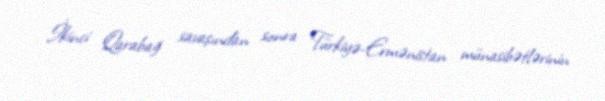
İkinci Qarabağ savaşından sonra Türkiyə-Ermənistan münasibətlərinin